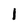
Character: 1